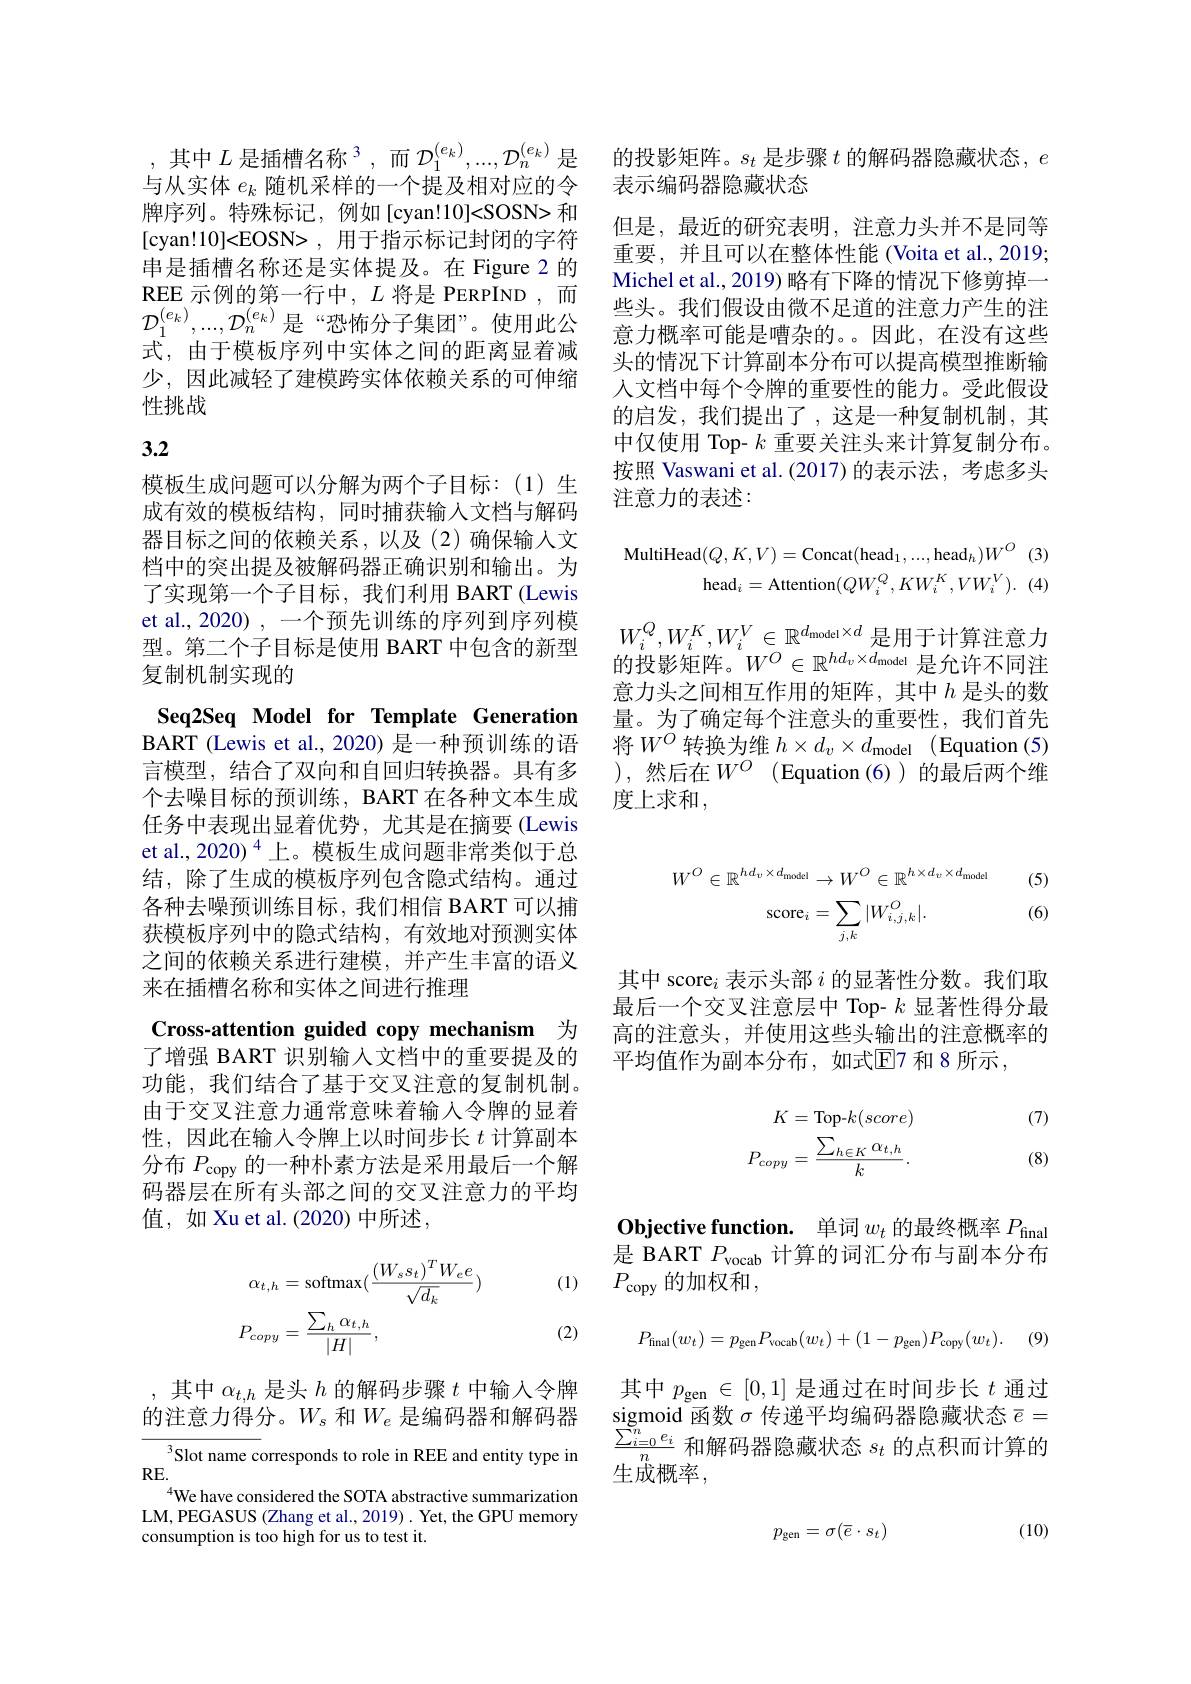
,其中$L\text{ 是插槽名称}^3$,而$\mathcal{D}_1^(e_k),...,\mathcal{D}_n^{(e_k)}$是与从实体$e_k$随机采样的一个提及相对应的令牌序列。特殊标记，例如[cyan!10]<SOSN>和[cyan!10]<EOSN>, 用于指示标记封闭的字符串是插槽名称还是实体提及。在 Figure 2 的REE 示例的第一行中$,L$ 将是 PERPIND,而$\mathcal{D}_1^{(e_k)},...,\mathcal{D}_n^{(e_k)}$是“恐怖分子集团”。使用此公式，由于模板序列中实体之间的距离显着减少，因此减轻了建模跨实体依赖关系的可伸缩性挑战

# 3.2

模板生成问题可以分解为两个子目标：(1)生成有效的模板结构，同时捕获输入文档与解码器目标之间的依赖关系，以及(2)确保输入文档中的突出提及被解码器正确识别和输出。为了实现第一个子目标，我们利用 BART (Lewis et al., 2020) , 一个预先训练的序列到序列模型。第二个子目标是使用 BART 中包含的新型复制机制实现的
Seq2Seq Model for Template Generation BART (Lewis et al., 2020) 是一种预训练的语言模型，结合了双向和自回归转换器。具有多个去噪目标的预训练，BART 在各种文本生成任务中表现出显着优势，尤其是在摘要(Lewis et al., 2020) $^{4}$上。模板生成问题非常类似于总结，除了生成的模板序列包含隐式结构。通过各种去噪预训练目标，我们相信 BART 可以捕获模板序列中的隐式结构，有效地对预测实体之间的依赖关系进行建模，并产生丰富的语义来在插槽名称和实体之间进行推理
Cross-attention guided copy mechanism 为了增强 BART 识别输入文档中的重要提及的

功能，我们结合了基于交叉注意的复制机制。由于交叉注意力通常意味着输入令牌的显着性，因此在输入令牌上以时间步长$t$计算副本分布$P_\mathrm{copy}$的一种朴素方法是采用最后一个解码器层在所有头部之间的交叉注意力的平均值，如 Xu et al. (2020) 中所述，

(1)
$$\begin{aligned}\alpha_{t,h}&=\mathrm{softmax}(\frac{(W_{s}s_{t})^{T}W_{e}e}{\sqrt{d_{k}}})\\P_{copy}&=\frac{\sum_{h}\alpha_{t,h}}{|H|},\end{aligned}$$
(2)

,其中$\alpha_{t,h}$是头$h$的解码步骤$t$中输入令牌的注意力得分。$W_s$和$W_e$是编码器和解码器
${\frac {\text{Lichich}}{^3\text{Slot name corresponds to role in REE and entity type in}}}$ ${\frac {\sum _{i= 0}^{n}e_{i}}n\text{和 解 码 器 隐 藏 状 态 }s_{t}\text{ 的 点 积 而 计 算 的 }}$

RE.
$^{4}$We have considered the SOTA abstractive summarization LM, PEGASUS (Zhang et al., 2019) . Yet, the GPU memory consumption is too high for us to test it.

的投影矩阵。$s_t$是步骤$t$的解码器隐藏状态，$e$
表示编码器隐藏状态
但是，最近的研究表明，注意力头并不是同等重要，并且可以在整体性能 (Voita et al., 2019; Michel et al., 2019) 略有下降的情况下修剪掉一些头。我们假设由微不足道的注意力产生的注意力概率可能是嘈杂的。。因此，在没有这些头的情况下计算副本分布可以提高模型推断输人文档中每个令牌的重要性的能力。受此假设的启发，我们提出了，这是一种复制机制，其中仅使用 Top- $k$重要关注头来计算复制分布。按照 Vaswani et al.(2017)的表示法，考虑多头注意力的表述：
$$\mathrm{tiHead}(Q,K,V)=\mathrm{Concat}(\mathrm{head}_{1},...,\mathrm{head}_{h})W^{O}\:(3)\\\mathrm{head}_{i}=\mathrm{Attention}(QW_{i}^{Q},KW_{i}^{K},VW_{i}^{V}).\:(4)$$
$W_i^Q,W_i^K,W_i^V\in\mathbb{R}^{d_{\mathrm{model}}\times d}$是用于计算注意力的投影矩阵。$W^O\in\mathbb{R}^{hd_v\times d_{\mathrm{model}}}$是允许不同注意力头之间相互作用的矩阵，其中$h$ 是头的数量。为了确定每个注意头的重要性，我们首先将$W^O$转换为维 $h\times d_v\times d_{\mathrm{model}}$ (Equation (5) ),然后在$W^O$(Equation(6))的最后两个维度上求和，
$$\begin{aligned}W^{O}\in\mathbb{R}^{hd_{v}\times d_{\mathrm{model}}}&\to W^{O}\in\mathbb{R}^{h\times d_{v}\times d_{\mathrm{model}}}&\text{(5)}\\\mathrm{score}_{i}&=\sum_{j,k}|W_{i,j,k}^{O}|.&\text{(6)}\end{aligned}$$
其中 score$_i$表示头部$i$的显著性分数。我们取最后一个交叉注意层中 Top- $k$显著性得分最高的注意头，并使用这些头输出的注意概率的平均值作为副本分布，如式$\mathbb{E}$7 和 8 所示 ,

(7)
$$\begin{aligned}K&=\text{Top-}k(score)\\P_{copy}&=\frac{\sum_{h\in K}\alpha_{t,h}}{k}.\end{aligned}$$
(8)

Objective function. 单词$w_t$的最终概率$P_\mathrm{final}$ 是 BART $P_\mathrm{vocab}$计算的词汇分布与副本分布$P_{\mathrm{copy}}$的加权和，
$$P_{\mathrm{final}}(w_t)=p_{\mathrm{gen}}P_{\mathrm{vocab}}(w_t)+(1-p_{\mathrm{gen}})P_{\mathrm{copy}}(w_t).\quad(9)$$
其中$p_\mathrm{gen}\in[0,1]$是通过在时间步长$t$通过$\underset{\sum_n^n}{\operatorname*{sigmoid}}$函数$\sigma$传递平均编码器隐藏状态$\bar{e}=$ 生成概率，

(10)
$$p_{\mathrm{gen}}=\sigma(\overline{e}\cdot s_t)$$